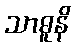
သာဓူနိ